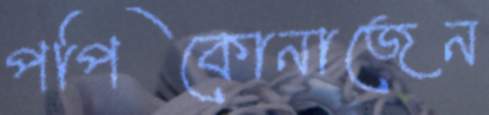
পপিকোনাজেন